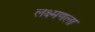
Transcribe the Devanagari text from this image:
लक्ष्मणला